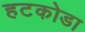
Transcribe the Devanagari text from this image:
हटकोडा